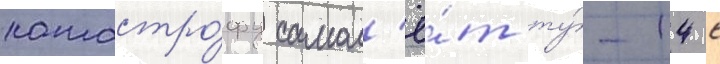
катастро́фу самол'ё́т ту́-14 с